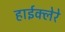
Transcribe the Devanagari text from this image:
हाईक्लेरे